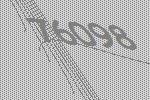
76098